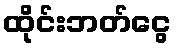
ထိုင်းဘတ်ငွေ